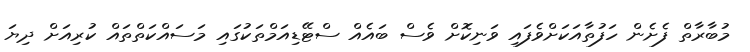
މުބާރާތް ފެށެން ހަފުތާއަކަށްވެފައި ވަނިކޮށް ވެސް ބައެއް ސްޓޭޑިއަމްތަކުގައި މަސައްކަތްތައް ކުރިއަށް ދިޔަ